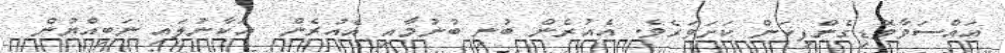
އައްސަވާވޮޑިގެންފިކަން ކަށަވަރެވެ. އެއުރެން ބުނި ބުނުމާއި އެއުރެން  އަކާނުލައި ނަބިއްޔުން